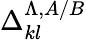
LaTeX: \Delta_{kl}^{\Lambda,A/B}